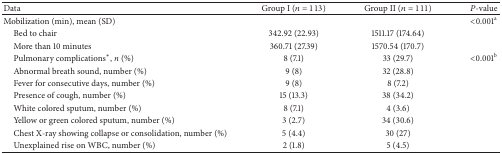
<table><thead><tr><td><b>Data</b></td><td><b>Group I (<i>n</i> = 113) </b></td><td><b>Group II (<i>n</i> = 111)</b></td><td><b><i>P</i>-value</b></td></tr></thead><tbody><tr><td>Mobilization (min), mean (SD)</td><td> </td><td> </td><td>&lt;0.001<sup>a</sup></td></tr><tr><td> Bed to chair </td><td>342.92 (22.93)</td><td>1511.17 (174.64)</td><td> </td></tr><tr><td> More than 10 minutes</td><td>360.71 (27.39)</td><td>1570.54 (170.7)</td><td> </td></tr><tr><td> Pulmonary complications<sup>*</sup>, <i>n</i> (%)</td><td> 8 (7.1)</td><td>33 (29.7)</td><td>&lt;0.001<sup>b</sup></td></tr><tr><td> Abnormal breath sound, number (%)</td><td>9 (8)</td><td>32 (28.8)</td><td> </td></tr><tr><td> Fever for consecutive days, number (%)</td><td>9 (8)</td><td>8 (7.2)</td><td> </td></tr><tr><td> Presence of cough, number (%)</td><td>15 (13.3)</td><td>38 (34.2)</td><td> </td></tr><tr><td> White colored sputum, number (%)</td><td>8 (7.1)</td><td>4 (3.6)</td><td> </td></tr><tr><td> Yellow or green colored sputum, number (%)</td><td>3 (2.7)</td><td>34 (30.6)</td><td> </td></tr><tr><td> Chest X-ray showing collapse or consolidation, number (%)</td><td>5 (4.4)</td><td>30 (27)</td><td> </td></tr><tr><td> Unexplained rise on WBC, number (%)</td><td>2 (1.8)</td><td>5 (4.5)</td><td> </td></tr></tbody></table>